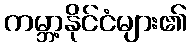
ကမ္ဘာ့နိုင်ငံများ၏